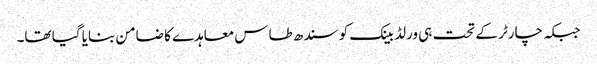
جبکہ چارٹر کے تحت ہی ورلڈ بینک کو سندھ طاس معاہدے کا ضامن بنایا گیا تھا۔